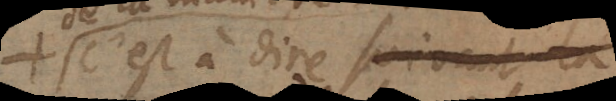
c’est à dire seroient la